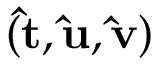
( { \bf \hat { t } } , { \bf \hat { u } } , { \bf \hat { v } } )